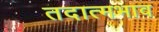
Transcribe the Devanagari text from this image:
तदात्मभाव